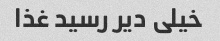
خیلی دیر رسید غذا